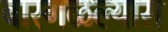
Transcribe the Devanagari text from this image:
बारगळल्यास